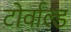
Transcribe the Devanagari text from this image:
टोर्वाल्ड